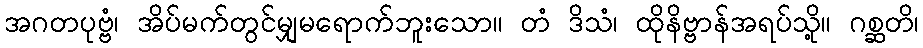
အဂတပုဗ္ဗံ၊ အိပ်မက်တွင်မျှမရောက်ဘူးသော။ တံ ဒိသံ၊ ထိုနိဗ္ဗာန်အရပ်သို့။ ဂစ္ဆတိ၊